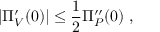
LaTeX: \left| \Pi _ { V } ^ { \prime } ( 0 ) \right| \leq { \frac { 1 } { 2 } } \Pi _ { P } ^ { \prime \prime } ( 0 ) \ ,